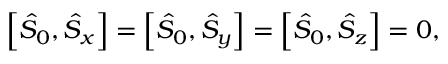
\begin{array} { r } { \left[ \hat { S } _ { 0 } , \hat { S } _ { x } \right] = \left[ \hat { S } _ { 0 } , \hat { S } _ { y } \right] = \left[ \hat { S } _ { 0 } , \hat { S } _ { z } \right] = 0 , } \end{array}